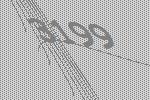
3199